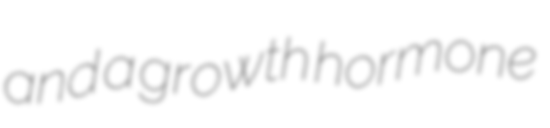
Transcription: and a growth hormone